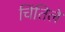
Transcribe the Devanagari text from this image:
चिंतिले